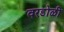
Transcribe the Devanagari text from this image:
वरडोळी